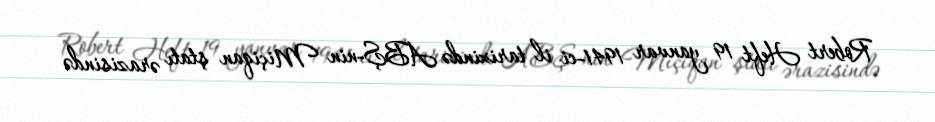
Robert Heft 19 yanvar 1941-ci il tarixində ABŞ-nin Miçiqan ştatı ərazisində